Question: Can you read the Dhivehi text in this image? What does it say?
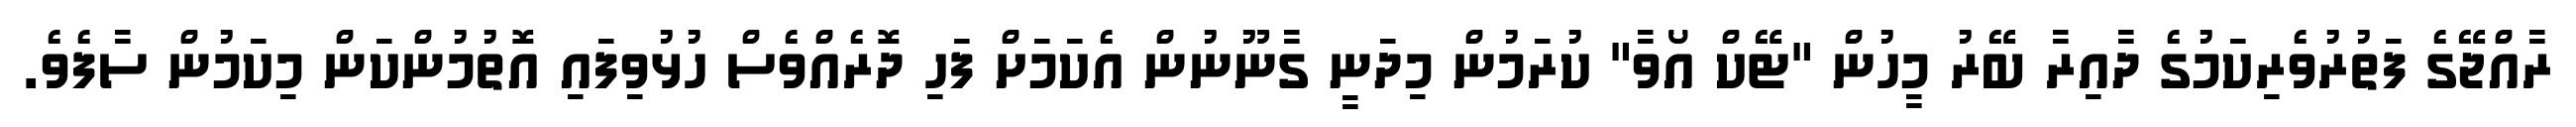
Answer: ރާއްޖޭގެ ފަތުރުވެރިކަމުގެ ދާއިރާ ބޭރު މީހުން "ޓޭކް އޯވާ" ކުރަމުން މިދަނީ ގާނޫނުން އެކަމަށް ފަހި ދޮރެއްވެސް ހުޅުވިފައި އޮތުމުންކަން މިކަމުން ސާފެވެ.